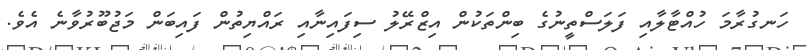
ހަނގުރާމަ ހުއްޓާލާއި ފަލަސްތީނުގެ ބިންތަކުން އިޒްރޭލު ސިފައިނާއި ރައްޔިތުން ފައިބަން މަޖުބޫރުވާނެ އެވެ.